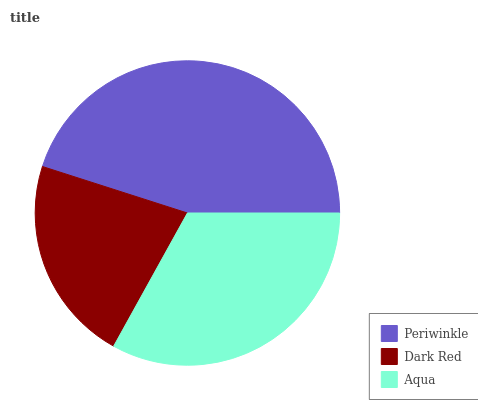
| Periwinkle | Dark Red | Aqua |
 | --- | --- | --- |
 | 45% | 21.9% | 33.1% |